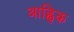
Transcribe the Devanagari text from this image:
आह्विक